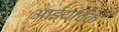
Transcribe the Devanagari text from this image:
आईयविक